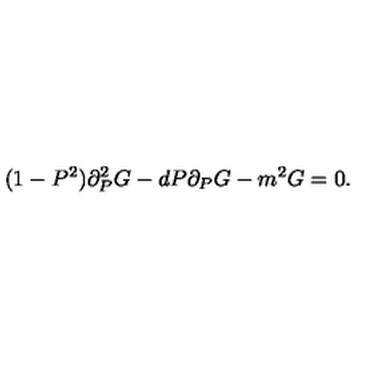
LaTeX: ( 1 - P ^ { 2 } ) \partial _ { P } ^ { 2 } G - d P \partial _ { P } G - m ^ { 2 } G = 0 .